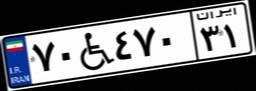
۱۳W۸۸۷۴۵